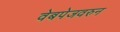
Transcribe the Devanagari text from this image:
वेबपेजवरुन